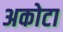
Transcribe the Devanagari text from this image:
अकोटा